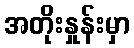
အတိုးနှုန်းမှာ